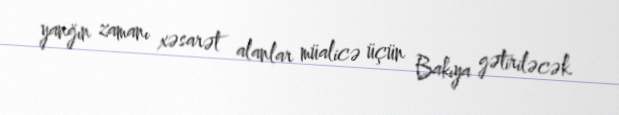
yanğın zamanı xəsarət alanlar müalicə üçün Bakıya gətiriləcək.